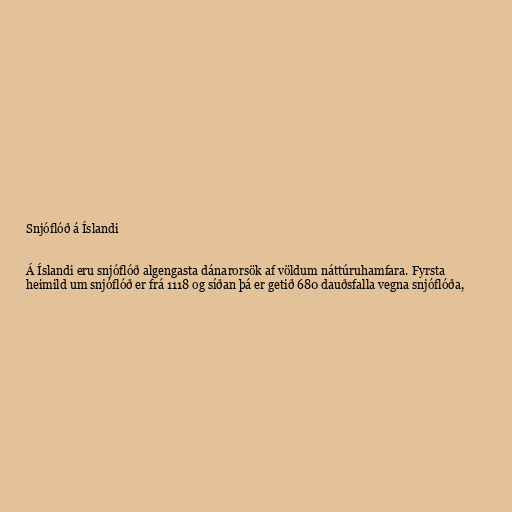
Snjóflóð á Íslandi

Á Íslandi eru snjóflóð algengasta dánarorsök af völdum náttúruhamfara. Fyrsta
heimild um snjóflóð er frá 1118 og síðan þá er getið 680 dauðsfalla vegna snjóflóða,